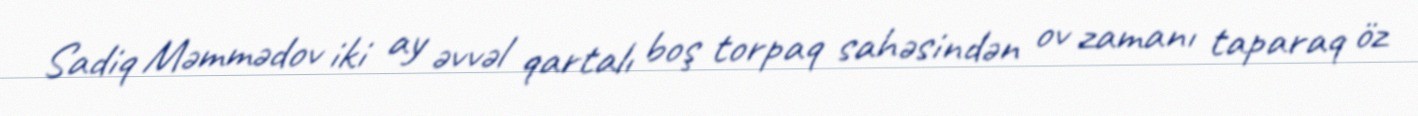
Sadiq Məmmədov iki ay əvvəl qartalı boş torpaq sahəsindən ov zamanı taparaq öz